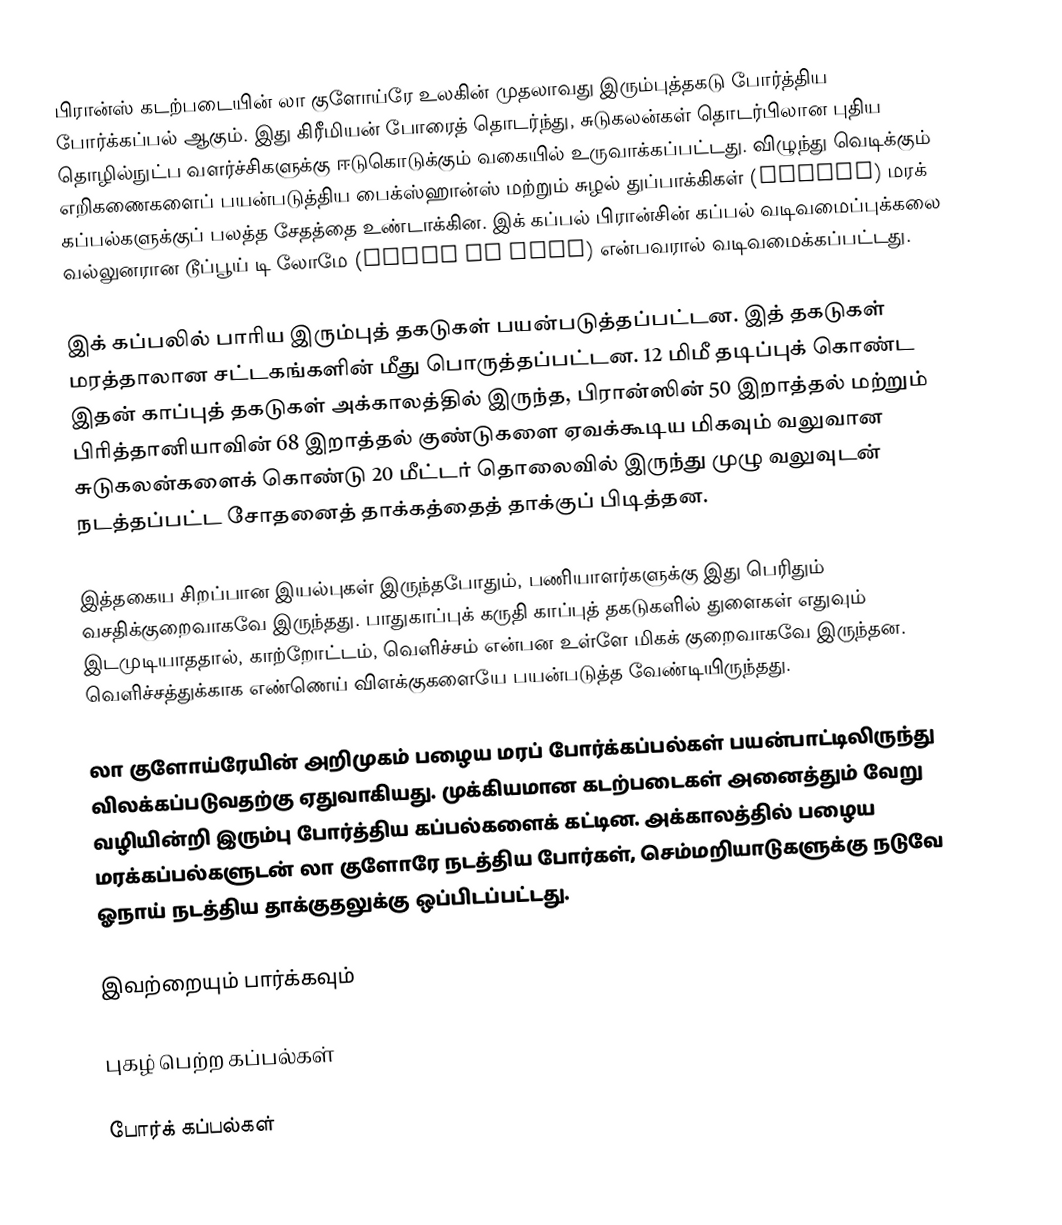
பிரான்ஸ் கடற்படையின் லா குளோய்ரே உலகின் முதலாவது இரும்புத்தகடு போர்த்திய போர்க்கப்பல் ஆகும். இது கிரீமியன் போரைத் தொடர்ந்து, சுடுகலன்கள் தொடர்பிலான புதிய தொழில்நுட்ப வளர்ச்சிகளுக்கு ஈடுகொடுக்கும் வகையில் உருவாக்கப்பட்டது. விழுந்து வெடிக்கும் எறிகணைகளைப் பயன்படுத்திய பைக்ஸ்ஹான்ஸ் மற்றும் சுழல் துப்பாக்கிகள் (Rifles) மரக் கப்பல்களுக்குப் பலத்த சேதத்தை உண்டாக்கின. இக் கப்பல் பிரான்சின் கப்பல் வடிவமைப்புக்கலை வல்லுனரான டூப்பூய் டி லோமே (Dupuy de Lôme) என்பவரால் வடிவமைக்கப்பட்டது.

இக் கப்பலில் பாரிய இரும்புத் தகடுகள் பயன்படுத்தப்பட்டன. இத் தகடுகள் மரத்தாலான சட்டகங்களின் மீது பொருத்தப்பட்டன. 12 மிமீ தடிப்புக் கொண்ட இதன் காப்புத் தகடுகள் அக்காலத்தில் இருந்த, பிரான்ஸின் 50 இறாத்தல் மற்றும் பிரித்தானியாவின் 68 இறாத்தல் குண்டுகளை ஏவக்கூடிய மிகவும் வலுவான சுடுகலன்களைக் கொண்டு 20 மீட்டர் தொலைவில் இருந்து முழு வலுவுடன் நடத்தப்பட்ட சோதனைத் தாக்கத்தைத் தாக்குப் பிடித்தன.

இத்தகைய சிறப்பான இயல்புகள் இருந்தபோதும், பணியாளர்களுக்கு இது பெரிதும் வசதிக்குறைவாகவே இருந்தது. பாதுகாப்புக் கருதி காப்புத் தகடுகளில் துளைகள் எதுவும் இடமுடியாததால், காற்றோட்டம், வெளிச்சம் என்பன உள்ளே மிகக் குறைவாகவே இருந்தன. வெளிச்சத்துக்காக எண்ணெய் விளக்குகளையே பயன்படுத்த வேண்டியிருந்தது.

லா குளோய்ரேயின் அறிமுகம் பழைய மரப் போர்க்கப்பல்கள் பயன்பாட்டிலிருந்து விலக்கப்படுவதற்கு ஏதுவாகியது. முக்கியமான கடற்படைகள் அனைத்தும் வேறு வழியின்றி இரும்பு போர்த்திய கப்பல்களைக் கட்டின. அக்காலத்தில் பழைய மரக்கப்பல்களுடன் லா குளோரே நடத்திய போர்கள், செம்மறியாடுகளுக்கு நடுவே ஓநாய் நடத்திய தாக்குதலுக்கு ஒப்பிடப்பட்டது.

இவற்றையும் பார்க்கவும்

 புகழ் பெற்ற கப்பல்கள்

போர்க் கப்பல்கள்